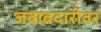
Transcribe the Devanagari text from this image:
जबाबदारीवर